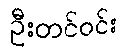
ဦးတင်ဝင်း